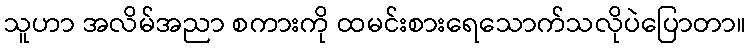
သူဟာ အလိမ်အညာ စကားကို ထမင်းစားရေသောက်သလိုပဲပြောတာ။